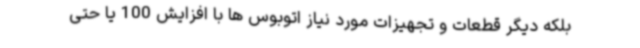
بلکه دیگر قطعات و تجهیزات مورد نیاز اتوبوس ها با افزایش 100 یا حتی